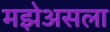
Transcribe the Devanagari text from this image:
मझेअसला